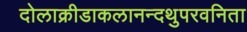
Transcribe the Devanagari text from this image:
दोलाक्रीडाकलानन्दथुपरवनिता